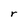
Character: r